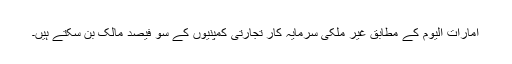
امارات الیوم کے مطابق غیر ملکی سرمایہ کار تجارتی کمپنیوں کے سو فیصد مالک بن سکتے ہیں۔